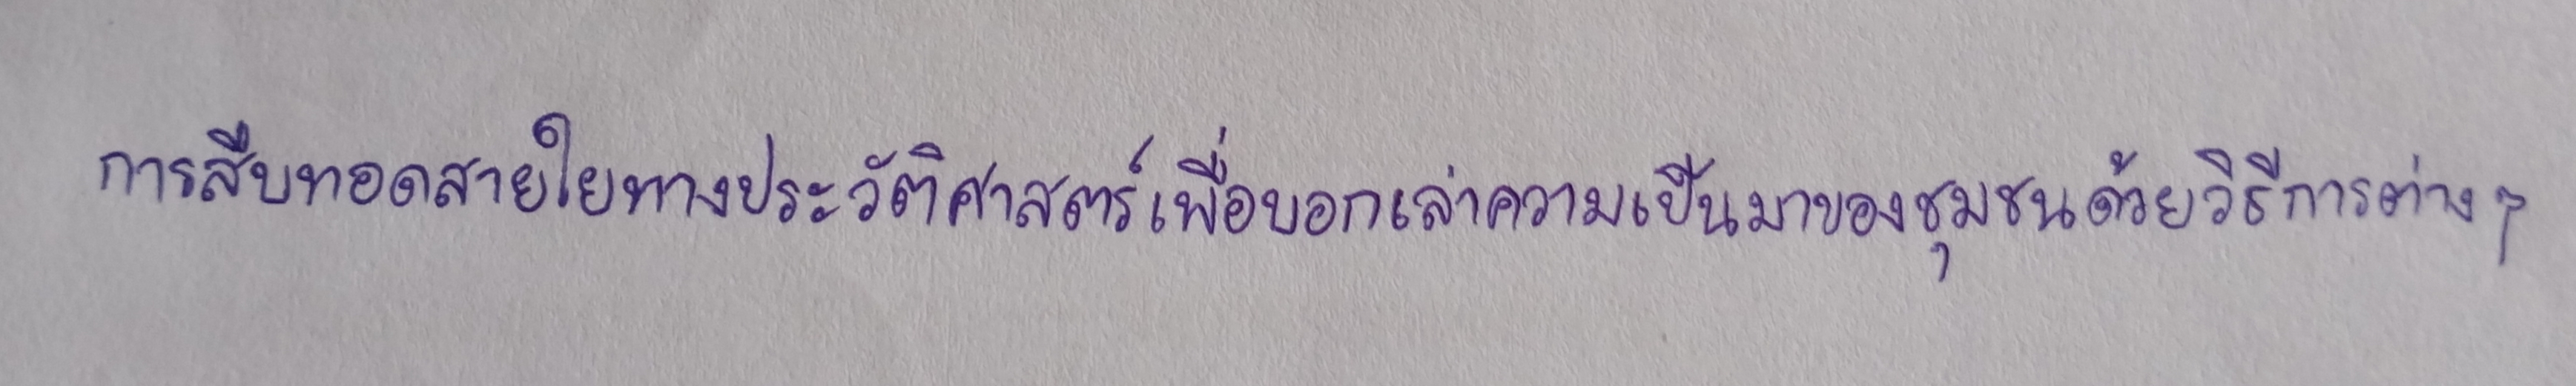
การสืบทอดสายใยทางประวัติศาสตร์เพื่อบอกเล่าความเป็นมาของชุมชนด้วยวิธีการต่างๆ